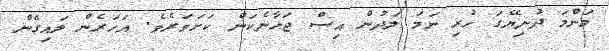
މަންމަ ދުނިޔޭގަ ހުރި ނަމަ ލަދުން އިސް ޖަހާނެކަން ކަށަވަރެވެ. އަހަރެން ލައިގެން